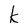
Character: k